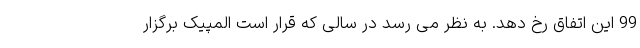
99 این اتفاق رخ دهد. به نظر می رسد در سالی که قرار است المپیک برگزار